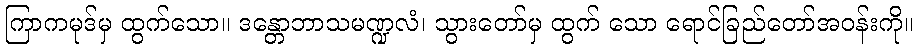
ကြာကမုဒ်မှ ထွက်သော။ ဒန္တောဘာသမဏ္ဍလံ၊ သွားတော်မှ ထွက် သော ရောင်ခြည်တော်အဝန်းကို။